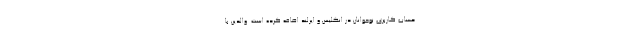
حساب کاربری نوجوانان در انگلیس و ایرلند اضافه کرده است. والدین با